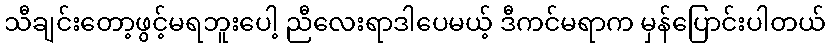
သီချင်းတော့ဖွင့်မရဘူးပေါ့ ညီလေးရာဒါပေမယ့် ဒီကင်မရာက မှန်ပြောင်းပါတယ်